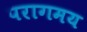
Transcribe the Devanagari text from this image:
परागमय